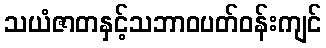
သယံဇာတနှင့်သဘာဝပတ်ဝန်းကျင်